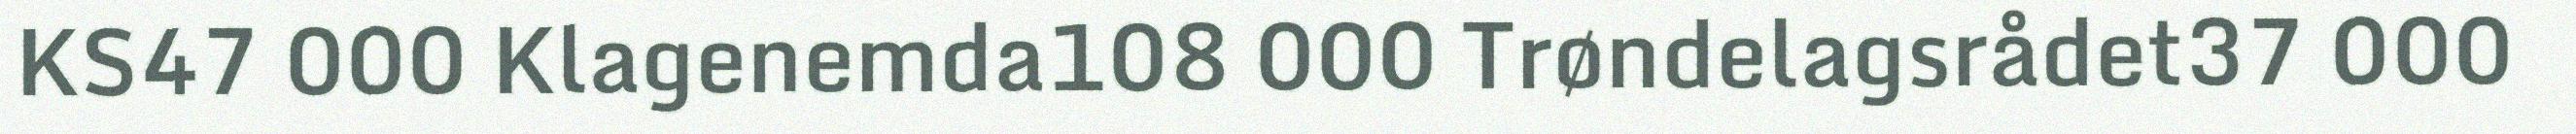
KS47 000 Klagenemda108 000 Trøndelagsrådet37 000